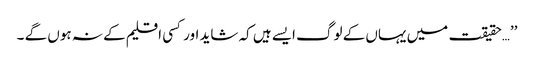
’’…حقیقت میں یہاں کے لوگ ایسے ہیں کہ شاید اور کسی اقلیم کے نہ ہوں گے ۔